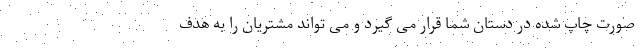
صورت چاپ شده در دستان شما قرار می گیرد و می تواند مشتریان را به هدف